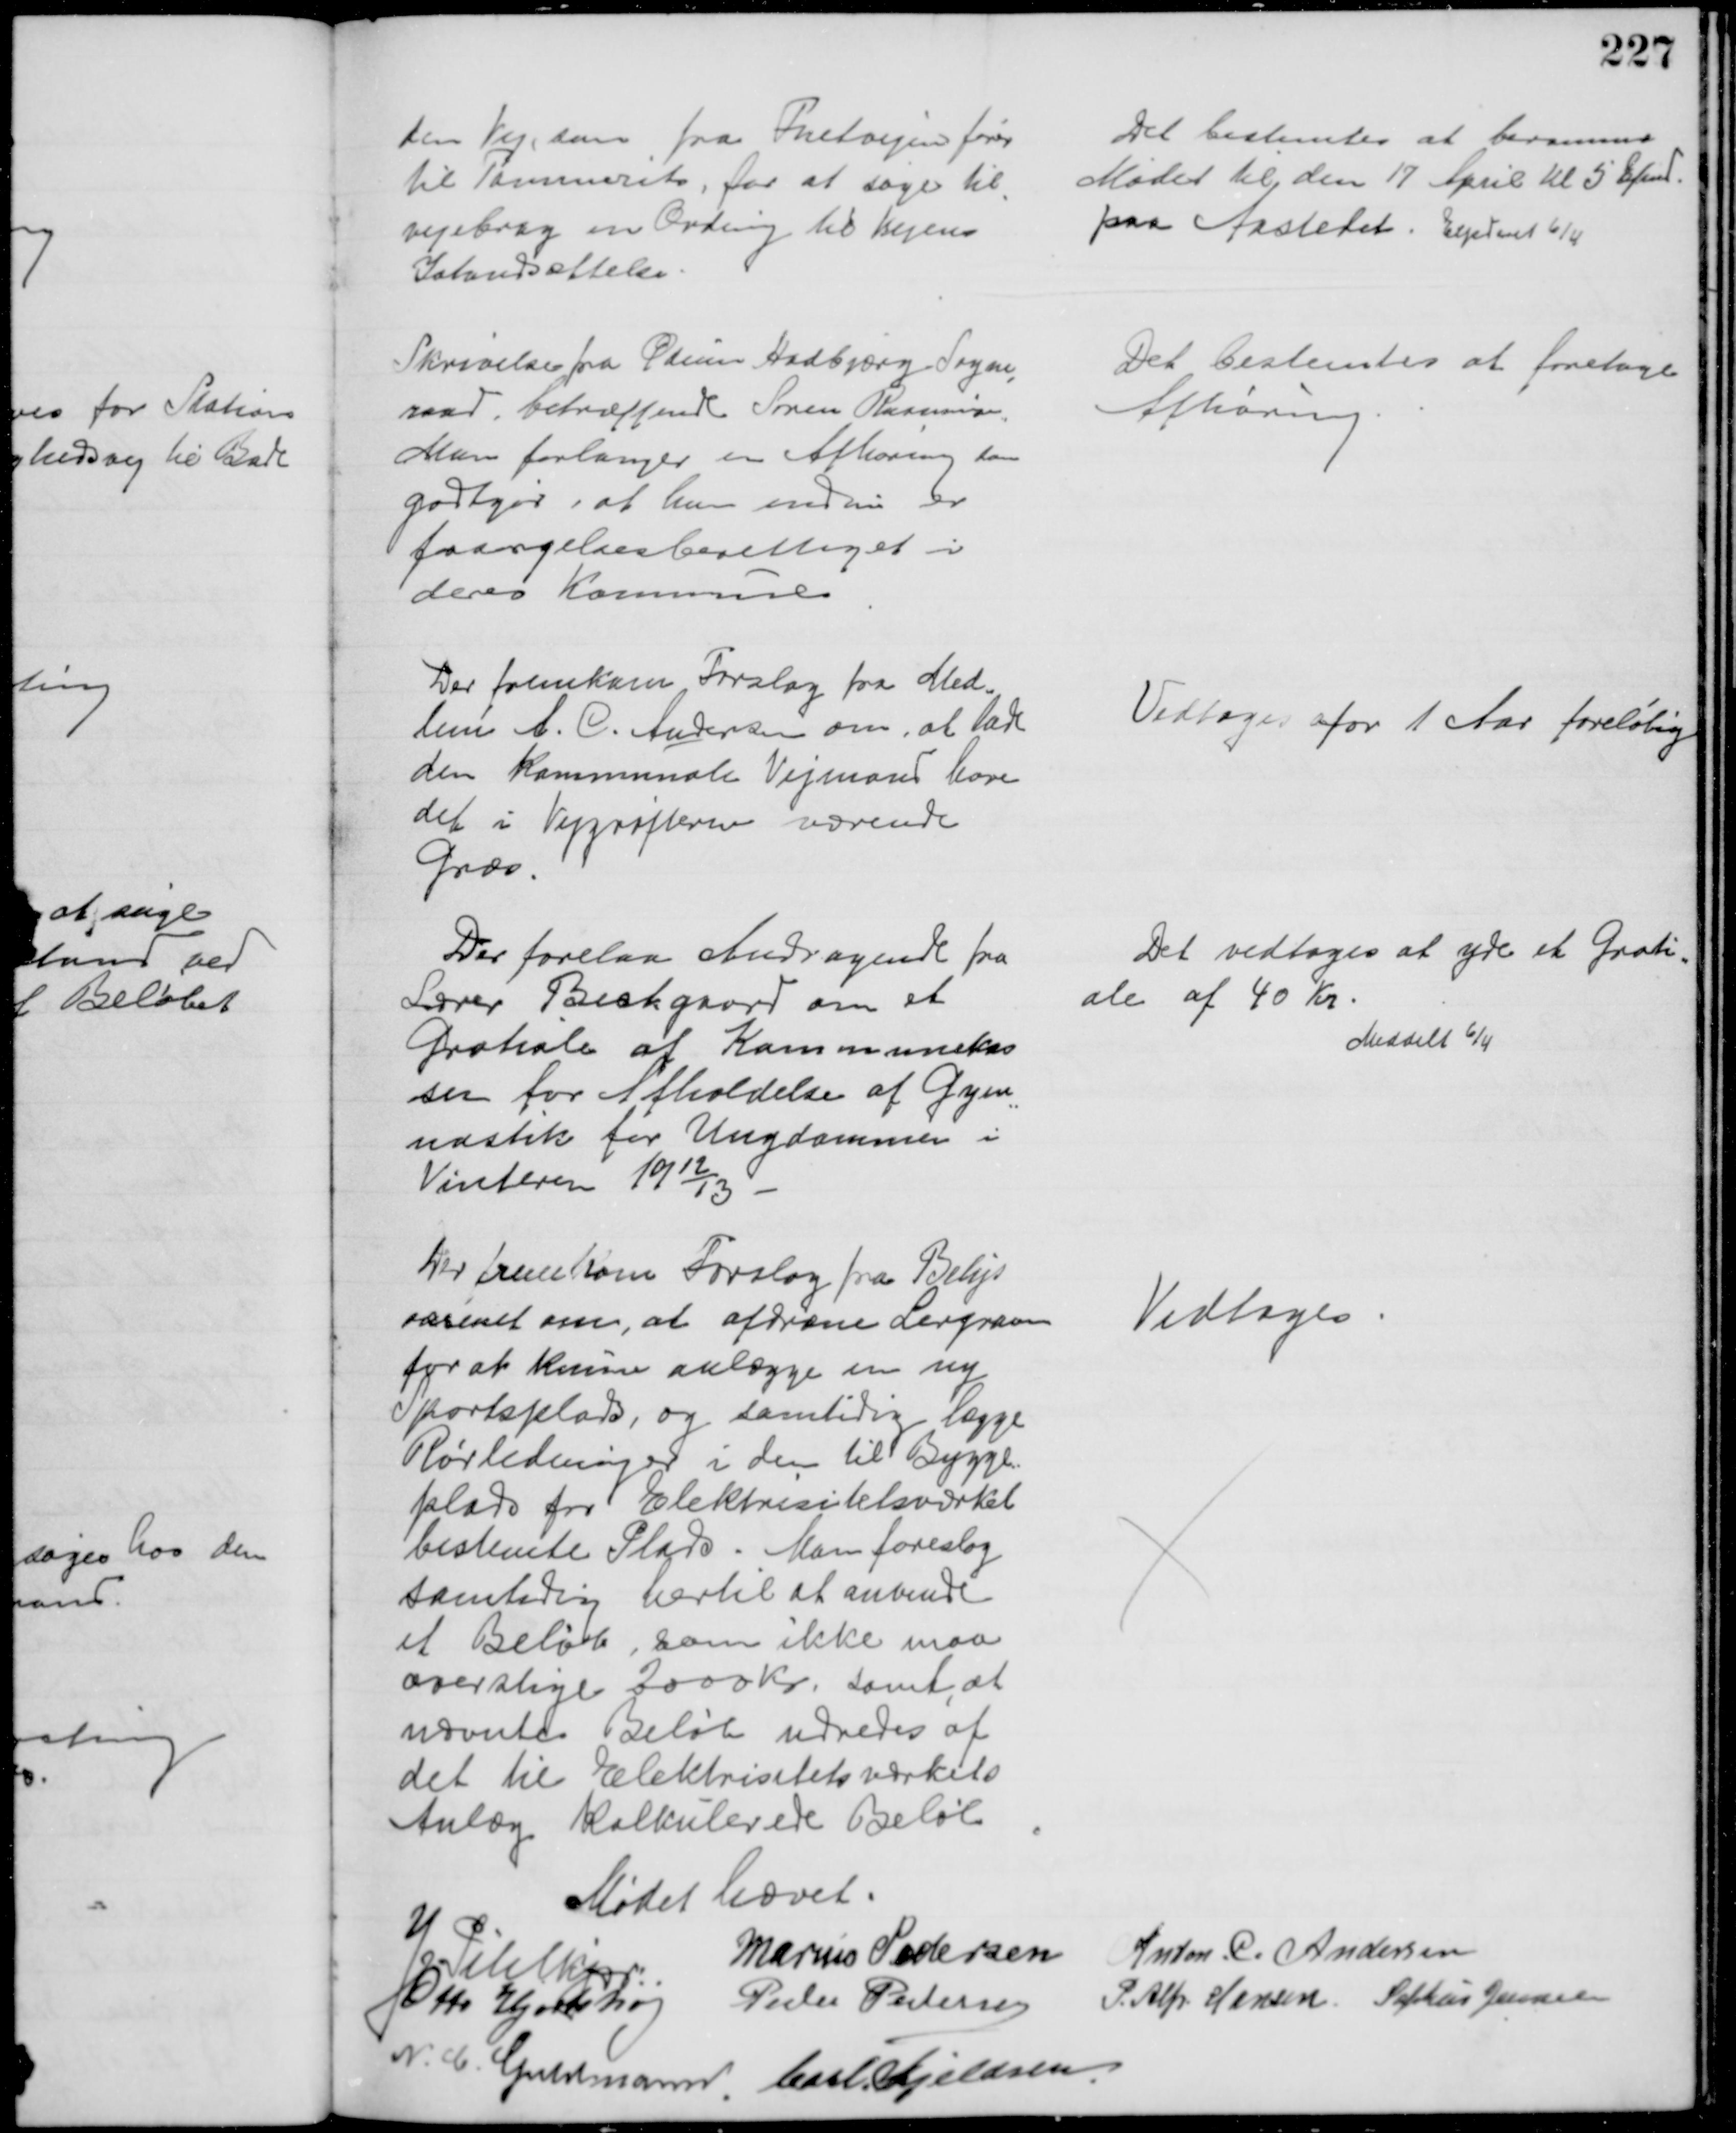
Transskription:
den Vej, som fra Fuetvejen fører
til Tammeritv, for at søge til
-
vejebrag en Ordning til Vejens
Istandsættelse.
Det bestemtes at beramme
Mødet til den 17 April Kl 5 Efmd.
paa Aastedet. Expederet 6/4
Skrivelse fra Ødum Hadbjerg Sogne
-
raad betræffende Søren Rasmussen.
Man forlanger en Afhøring som
godtgør, at han endnu er
faargelsesberettiget i
deres Kommune
Det bestemtes at foretage
Afhøring
Der fremkom Forslag fra Med-
lem A. C. Andersen om, at lade
den Kommunale Vejmand have
det i Vejgrøfterne værende
Græs.
Vedtoges for 1 Aar foreløbig
Der forelaa Andragende fra
Lærer Beckgaard om et
Gratiale af Kommunekas
sen for Afholdelse af Gym
=
nastik for Ungdommen i
Vinteren 1912/13 
Det vedtoges at yde et Grati
=
ale af 40 Kr.
Meddelt 6/4
Der fremkom Forslag fra Belys
væsenet om, at afdræne Lergraven
for at kunne anlægge en ny
Sportsplads, og samtidig lægge
Rørledninger i den til Bygge=
plads for Elektrisitetsværket
bestemte Plads. Man foreslog
samtidig hertil at anvende
et Beløb, som ikke maa
overstige 2000 Kr, samt at 
nævnte Beløb udredes af
det til Elektrisitetsværkets
Anlæg kalkulerede Beløb
Vedtoges.
Mødet hævet.
J Pihlkjær
Marius Pedersen
Anton. C. Andersen
Otto Hjortshøj
Peder Pedersen
P. Alfr. Hansen Sophus Jensen
N. C. Guldmann
Carl Kjeldsen.